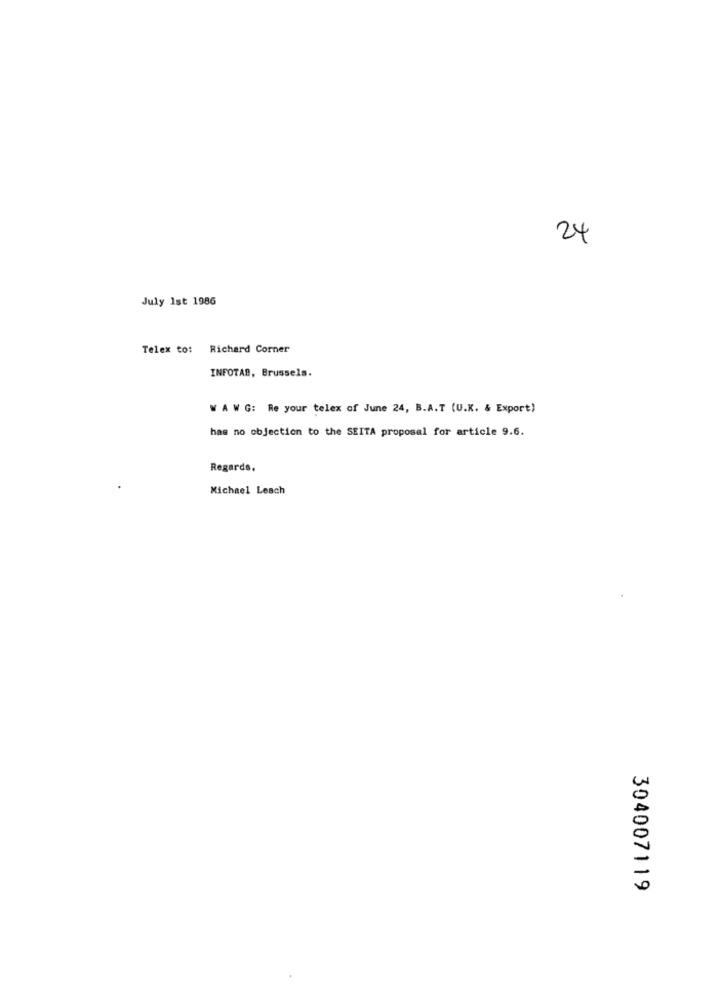
24
July 1st 1986
Telex to: Richard Corner
INFOTAB, Brussels.
W A W G: Re your telex of June 24, B.A.T (U.K. & Export)
has no objection to the SEITA proposal for article 9.6.
Regards,
Michael Leach
304007119